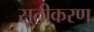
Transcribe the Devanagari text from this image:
सूतीकरण